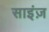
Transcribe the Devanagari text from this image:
साइंज़